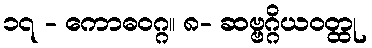
၁၇ - ကောဓဝဂ္ဂ။ ၈- ဆဗ္ဗဂ္ဂိယဝတ္ထု